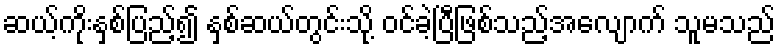
ဆယ့်ကိုးနှစ်ပြည့်၍ နှစ်ဆယ်တွင်းသို့ ဝင်ခဲ့ပြီဖြစ်သည့်အလျောက် သူမသည်